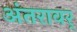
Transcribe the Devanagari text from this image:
अंतरावर्